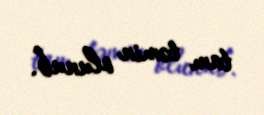
tam təmin olunub.